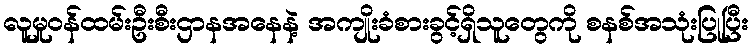
လူမှုဝန်ထမ်းဦးစီးဌာနအနေနဲ့ အကျိုးခံစားခွင့်ရှိသူတွေကို စနစ်အသုံးပြုပြီး